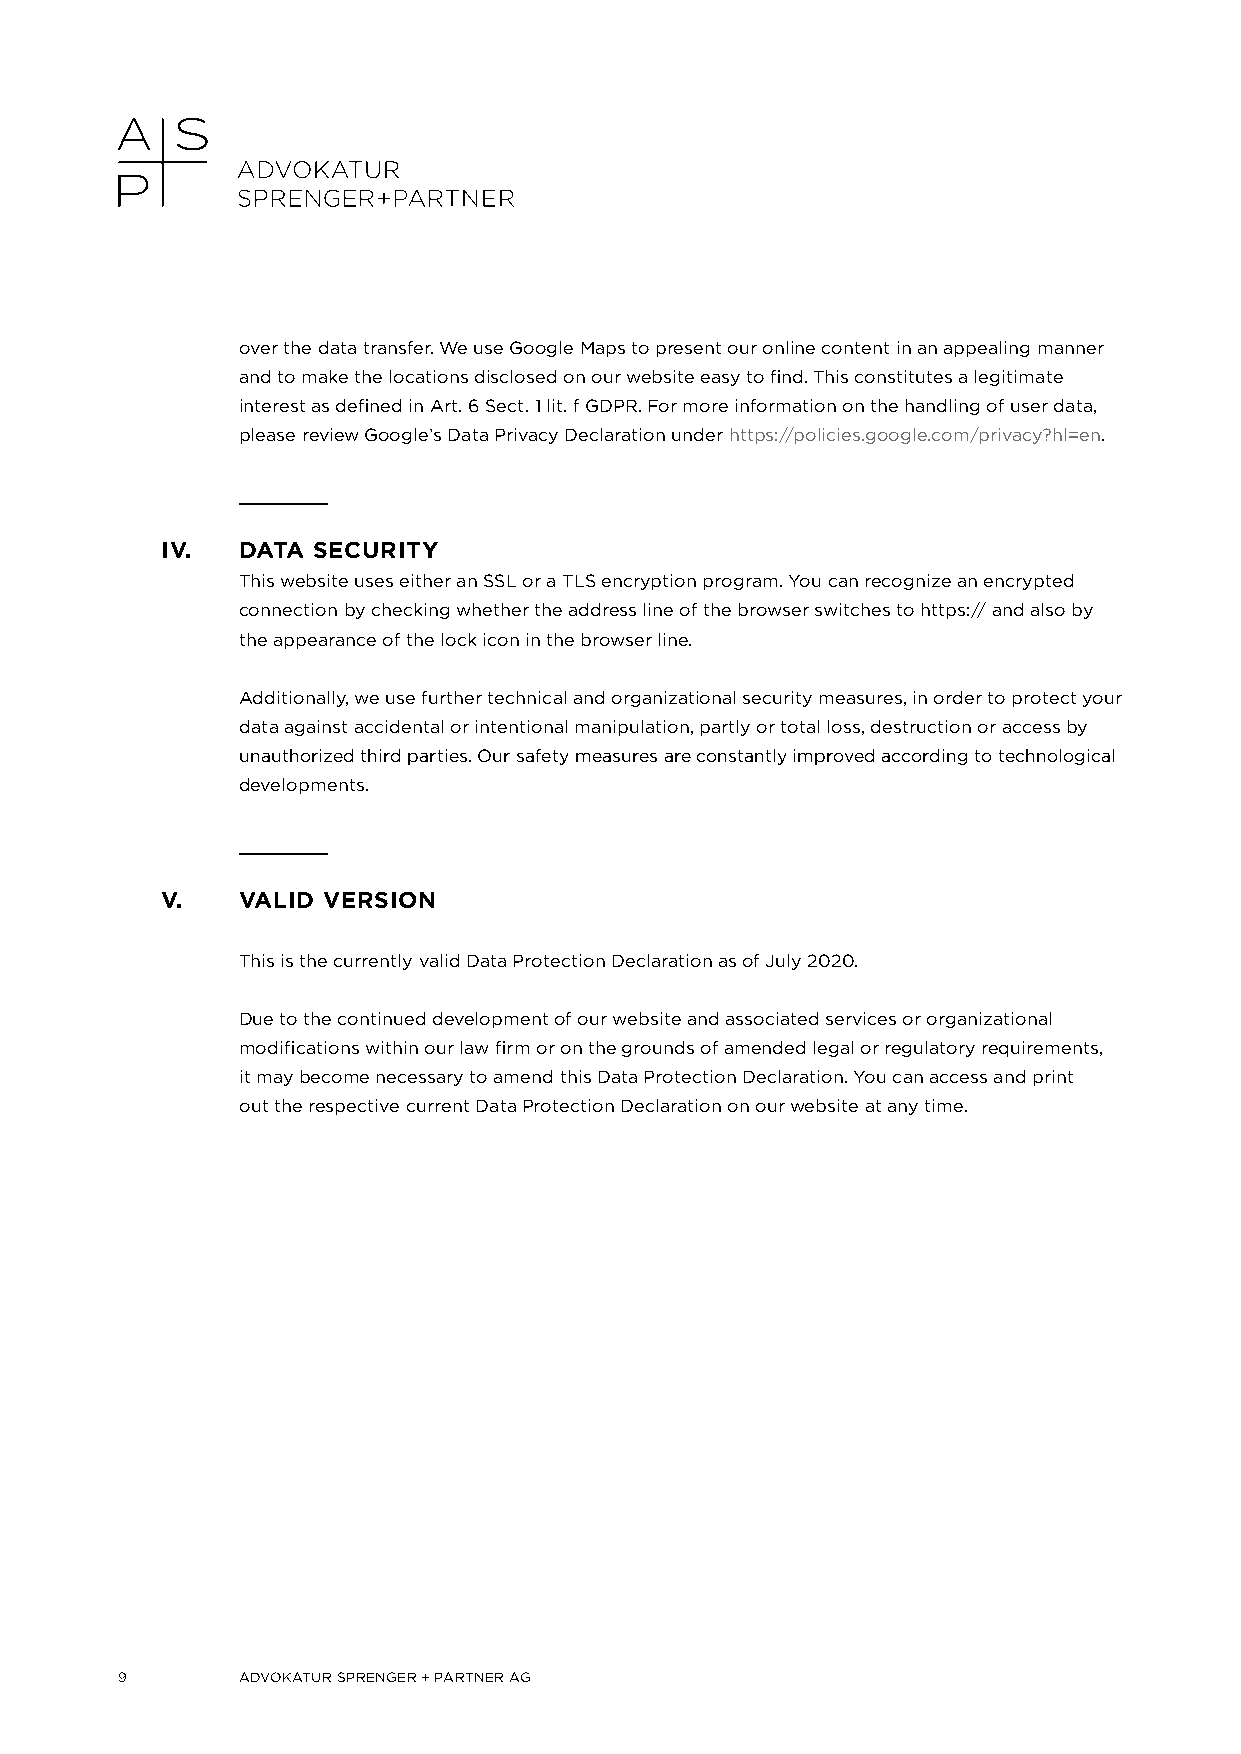
over the data transfer. We use Google Maps to present our online content in an appealing manner
 and to make the locations disclosed on our website easy to find. This constitutes a legitimate
 interest as defined in Art. 6 Sect. 1 lit. f GDPR. For more information on the handling of user data,
 please review Google’s Data Privacy Declaration under https://policies.google.com/privacy?hl=en.
 IV.  DATA SECURITY
 This website uses either an SSL or a TLS encryption program. You can recognize an encrypted
 connection by checking whether the address line of the browser switches to https:// and also by
 the appearance of the lock icon in the browser line.
 Additionally, we use further technical and organizational security measures, in order to protect your
 data against accidental or intentional manipulation, partly or total loss, destruction or access by
 unauthorized third parties. Our safety measures are constantly improved according to technological
 developments.
 V.   VALID VERSION
 This is the currently valid Data Protection Declaration as of July 2020.
 Due to the continued development of our website and associated services or organizational
 modifications within our law firm or on the grounds of amended legal or regulatory requirements,
 it may become necessary to amend this Data Protection Declaration. You can access and print
 out the respective current Data Protection Declaration on our website at any time.
 9       ADVOKATUR SPRENGER + PARTNER AG